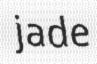
jade